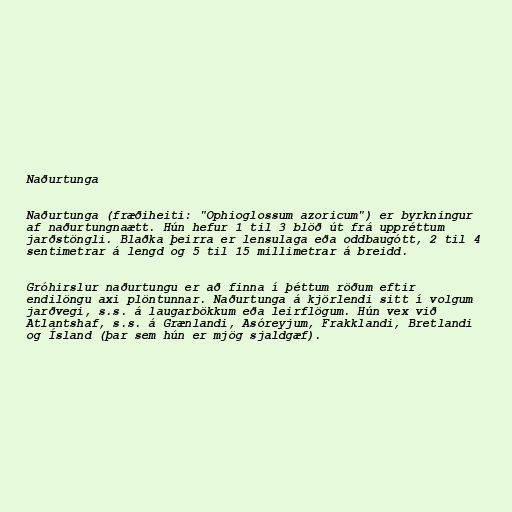
Naðurtunga

Naðurtunga (fræðiheiti: "Ophioglossum azoricum") er byrkningur
af naðurtungnaætt. Hún hefur 1 til 3 blöð út frá uppréttum
jarðstöngli. Blaðka þeirra er lensulaga eða oddbaugótt, 2 til 4
sentimetrar á lengd og 5 til 15 millimetrar á breidd.

Gróhirslur naðurtungu er að finna í þéttum röðum eftir
endilöngu axi plöntunnar. Naðurtunga á kjörlendi sitt í volgum
jarðvegi, s.s. á laugarbökkum eða leirflögum. Hún vex við
Atlantshaf, s.s. á Grænlandi, Asóreyjum, Frakklandi, Bretlandi
og Ísland (þar sem hún er mjög sjaldgæf).